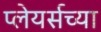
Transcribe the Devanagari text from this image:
प्लेयर्सच्या